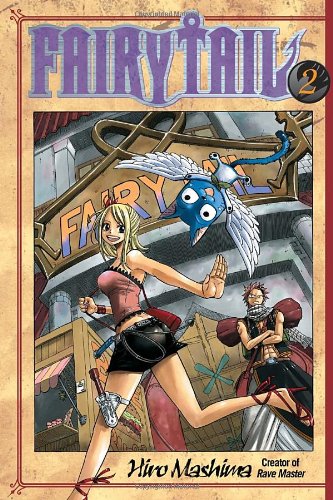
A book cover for Fairy Tail 2; Hiro Mashima; Comics & Graphic Novels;